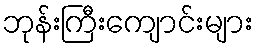
ဘုန်းကြီးကျောင်းများ